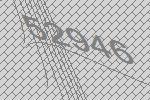
52946